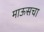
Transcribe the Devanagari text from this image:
माऊसचा